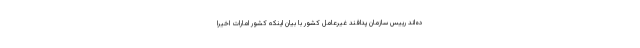
ده‌اند رییس سازمان پدافند غیرعامل کشور با بیان اینکه کشور امارات اخیرا